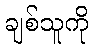
ချစ်သူကို